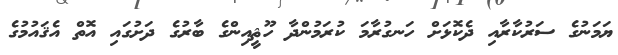
ޔަމަނުގެ ސަރުކާރާއި ދެކޮޅަށް ހަނގުރާމަ ކުރަމުންދާ ހޫޘީއިންގެ ބާރުގެ ދަށުގައި އޮތް އެޤައުމުގެ